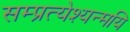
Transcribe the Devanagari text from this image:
सम्प्रत्येश्यन्मयि